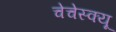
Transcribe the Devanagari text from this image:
चेचेस्क्यू